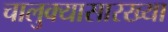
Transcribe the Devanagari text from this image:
चालुक्यासारख्या